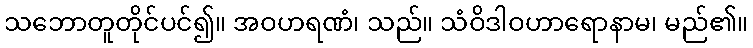
သဘောတူတိုင်ပင်၍။ အဝဟရဏံ၊ သည်။ သံဝိဒါဝဟာရောနာမ၊ မည်၏။